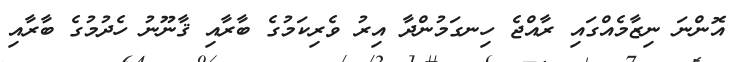
އޮންނަ ނިޒާމެއްގައި ރާއްޖެ ހިނގަމުންދާ އިރު ވެރިކަމުގެ ބާރާއި ޤާނޫނު ހެދުމުގެ ބާރާއި